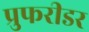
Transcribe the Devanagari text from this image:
प्रुफरीडर